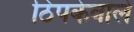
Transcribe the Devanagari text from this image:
ठिपकेवाले